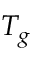
T _ { g }